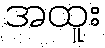
အထူး